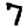
Digit: 7